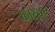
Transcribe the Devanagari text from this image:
कास्ता